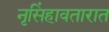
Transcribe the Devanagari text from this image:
नृसिंहावतारात